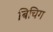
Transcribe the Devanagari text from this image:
बिचिग